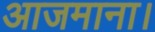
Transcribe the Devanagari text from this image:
आजमाना।